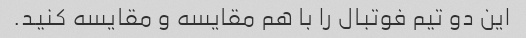
این دو تیم فوتبال را با هم مقایسه و مقایسه کنید.